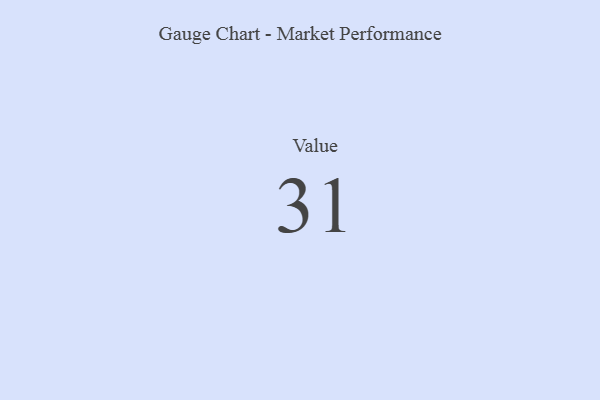
{"axis": {"x": "Metric", "y": "Value"}, "legend": [""], "data": [{"x": "Value", "y": 31, "type": ""}]}